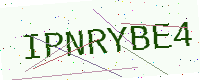
Text: IPNRYBE4